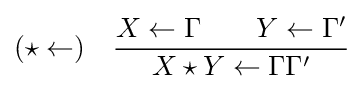
(\star \leftarrow )\quad {X\leftarrow \Gamma \qquad Y\leftarrow \Gamma ' \over X\star Y\leftarrow \Gamma \Gamma '}